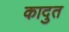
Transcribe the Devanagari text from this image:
कादुत